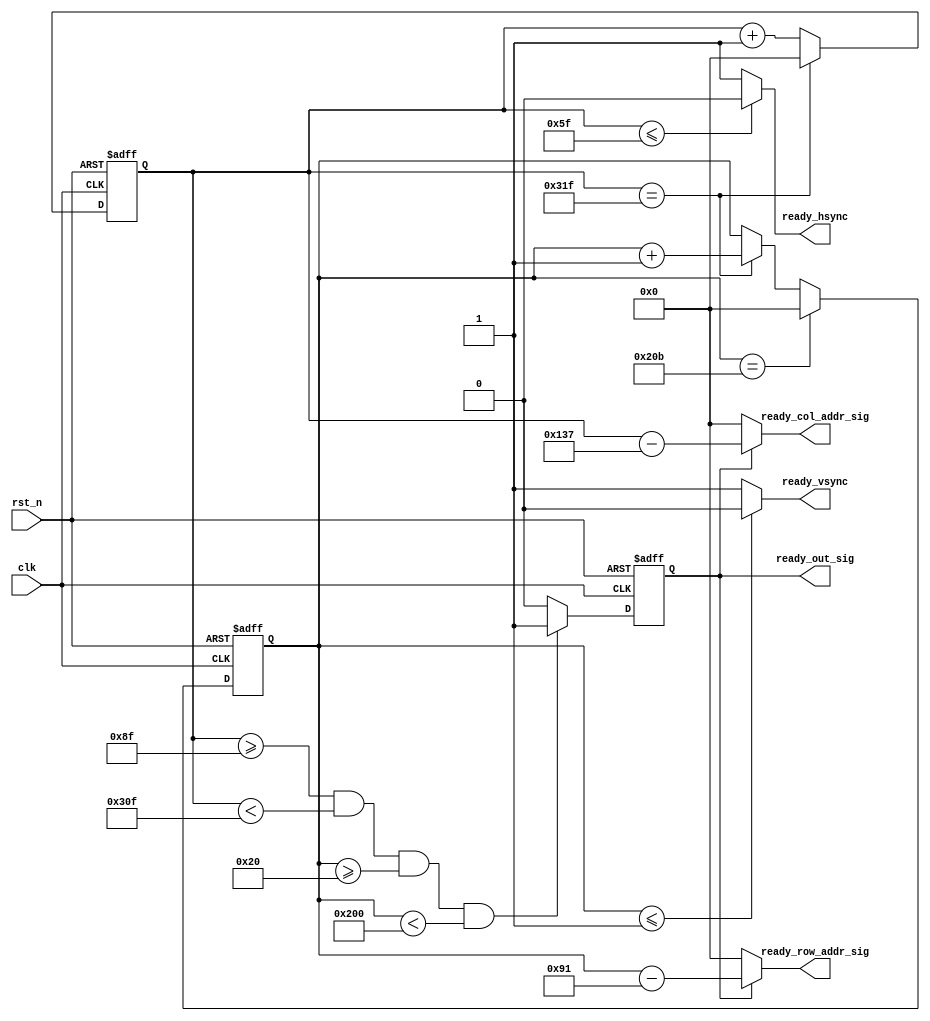
`timescale 1ns / 1ps

module start_sync_module
 (clk, rst_n, ready_col_addr_sig, ready_row_addr_sig, ready_hsync, ready_vsync, ready_out_sig
 );
 input clk;
 input rst_n;
 output[10:0] ready_col_addr_sig;
 output[10:0] ready_row_addr_sig;
 output ready_hsync;
 output ready_vsync;
 output ready_out_sig;
 
 /**************************************************/
 
 reg[10:0] cnt_h;
 
 always @ ( posedge clk or negedge rst_n )
   begin
     if( !rst_n )
        cnt_h <= 11'd0;
     else if( cnt_h == 11'd799 )
        cnt_h <= 11'd0;
     else cnt_h <= cnt_h + 1'b1;
   end
   
 /**************************************************/   
         
 reg[10:0] cnt_v;
 
 always @ ( posedge clk or negedge rst_n )
   begin  
     if( !rst_n )
       cnt_v <= 11'd0;
     else if( cnt_v == 11'd523 )
       cnt_v <= 11'd0;
     else if( cnt_h == 11'd799 )
       cnt_v <= cnt_v + 1'b1;
   end 
   
 /**************************************************/
 
 reg isready;
 
 always @ ( posedge clk or negedge rst_n )
   begin
     if( !rst_n )
        isready <= 1'b0;
     else if( cnt_h >= 11'd143 && cnt_h < 11'd783 && cnt_v >= 11'd32 && cnt_v < 11'd512 )//
        isready <= 1'b1;
     else isready <= 1'b0;
   end
   
 /**************************************************/
 
 assign ready_hsync = ( cnt_h <= 11'd95 ) ? 1'b0 : 1'b1;
 assign ready_vsync = ( cnt_v <= 11'd1 ) ? 1'b0 : 1'b1;
 assign ready_col_addr_sig = isready ? ( cnt_h - 11'd311 ) : 11'd0;     //
 assign ready_row_addr_sig = isready ? ( cnt_v - 11'd145 ) : 11'd0;
 assign ready_out_sig = isready;
 
 /**************************************************/
 
 endmodule